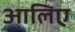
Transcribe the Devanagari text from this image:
आलिए